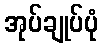
အုပ်ချုပ်ပုံ